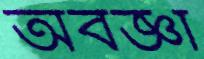
অবজ্ঞা